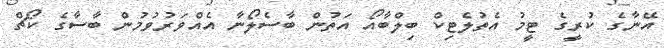
އޭނާގެ ކުރީގެ ޓީމު އެތުލެޓިކް ބިލްބާއޯ އަތުން ބާސެލޯނާ އެއްވަރުވުމުން ބާސާގެ ކޯޗް